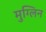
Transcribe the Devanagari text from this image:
मुग्लिन